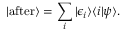
| { \mathrm { a f t e r } } \rangle = \sum _ { i } | \epsilon _ { i } \rangle \langle i | \psi \rangle .